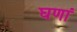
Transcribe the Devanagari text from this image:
घणां